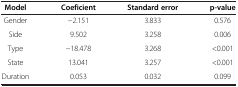
| Model | Coeficient | Standard error | p-value |
 | --- | --- | --- | --- |
 | Gender | -2.151 | 3.833 | 0.576 |
 | Side | 9.502 | 3.258 | 0.006 |
 | Type | -18.478 | 3.268 | <0.001 |
 | State | 13.041 | 3.257 | <0.001 |
 | Duration | 0.053 | 0.032 | 0.099 |